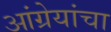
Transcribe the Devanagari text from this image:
आंग्रेयांचा